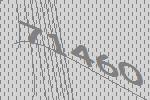
71460